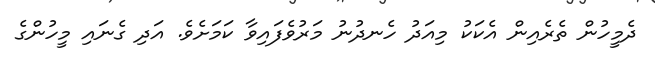
ދެމީހުން ތެރެއިން އެކަކު މިއަދު ހެނދުނު މަރުވެފައިވާ ކަމަށެވެ. އަދި ގެނައި މީހުންގެ